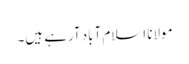
مولانا اسلام آباد آرہے ہیں۔